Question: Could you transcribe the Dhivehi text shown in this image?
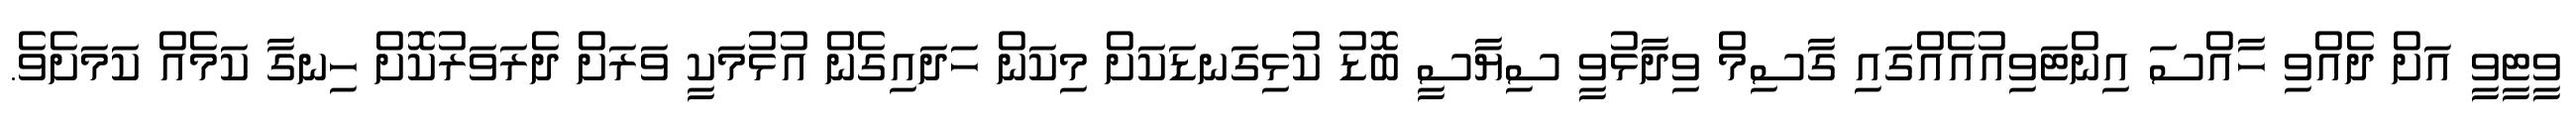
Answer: ވީޓީވީ އަށް ދެއްވި ހާއްސަ އިންޓަވިއުއެއްގައި ގާސިމް ވިދާޅުވީ ސިޔާސީ ބޮޑު ކުޅިގަނޑަކަށް މިކަން ހަދައިގެން އުޅުމަކީ ވަރަށް ދެރަވަރުކޮށް ހިނގާ ކަމެއް ކަމަށެވެ.